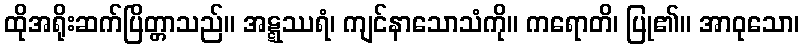
ထိုအရိုးဆက်ပြိတ္တာသည်။ အဋ္ဋဿရံ၊ ကျင်နာသောသံကို။ ကရောတိ၊ ပြု၏။ အာဝုသော၊